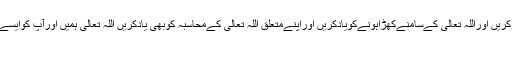
اورآپ پریہ ضروری ہےکہ آئندہ ایساکام نہ کریں اللہ تعالی سےاستغفارکریں اوراللہ تعالی کےسامنےکھڑاہونےکویادکریں اوراپنےمتعلق اللہ تعالی کےمحاسبہ کوبھی یادکریں اللہ تعالی ہمیں اورآپ کوایسےکام کرنےکی توفیق دےجواسےمحبوب ہیں اوران سےراضی ہوتا ہے .
ماخذ: فتاوی فضیلتہ الشیخ عبداللہ بن حمید صفحہ نمبر ۔